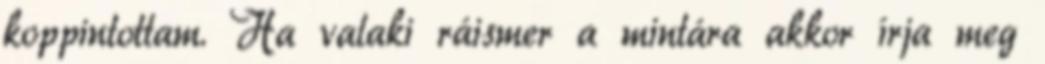
koppintottam. Ha valaki ráismer a mintára akkor írja meg